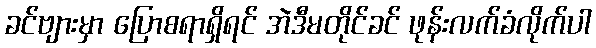
ခင်ဗျားမှာ ပြောစရာရှိရင် အဲဒီမတိုင်ခင် ဖုန်းလက်ခံလိုက်ပါ